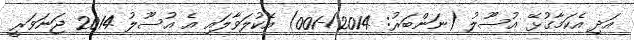
އަދި އެކަމާގުޅޭ އުސޫލު (ނަންބަރު: 2014/-001) އެކުލަވާލައި އެ އުސޫލު 2014 ޖަނަވަރީ